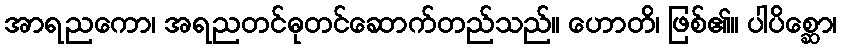
အာရညကော၊ အရညတင်ဓုတင်ဆောက်တည်သည်။ ဟောတိ၊ ဖြစ်၏။ ပါပိစ္ဆော၊